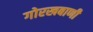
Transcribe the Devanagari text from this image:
गोरखबाणी